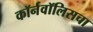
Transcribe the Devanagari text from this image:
कॉर्नवॉलिसचा